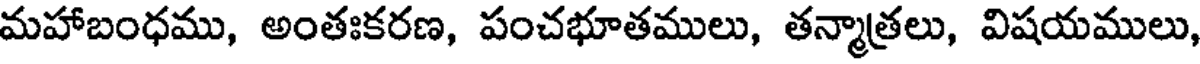
మహాబంధము, అంతఃకరణ, పంచభూతములు, తన్మాత్రలు, విషయములు,